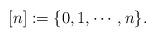
LaTeX: \begin{align*} [n]:=\{0,1,\cdots,n\}.\end{align*}